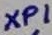
Text: XP1